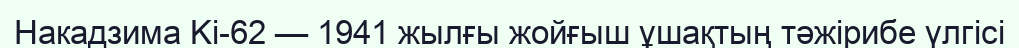
Накадзима Ki-62 — 1941 жылғы жойғыш ұшақтың тәжірибе үлгісі